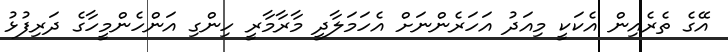
އޭގެ ތެރެއިން އެކަކީ މިއަދު އަހަރެންނަށް އެހަމަލާދީ މާރާމާރީ ހިންގި އަންހެންމީހާގެ ދަރިފުޅު